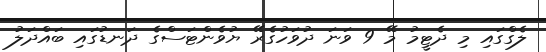
ލެގްގައި މި ދެޓީމު މޭ 9 ވަނަ ދުވަހުގެރޭ ޔުވެންޓަސްގެ ދަނޑުގައި ބައްދަލު